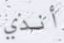
أندي